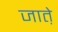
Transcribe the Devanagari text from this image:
जात़े